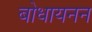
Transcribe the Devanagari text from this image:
बोधायनन